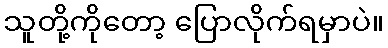
သူတို့ကိုတော့ ပြောလိုက်ရမှာပဲ။